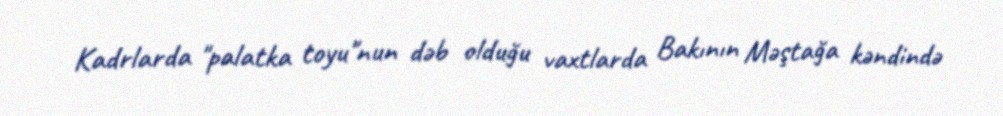
Kadrlarda "palatka toyu"nun dəb olduğu vaxtlarda Bakının Məştağa kəndində